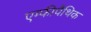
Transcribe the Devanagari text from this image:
एम्फीपैथिक